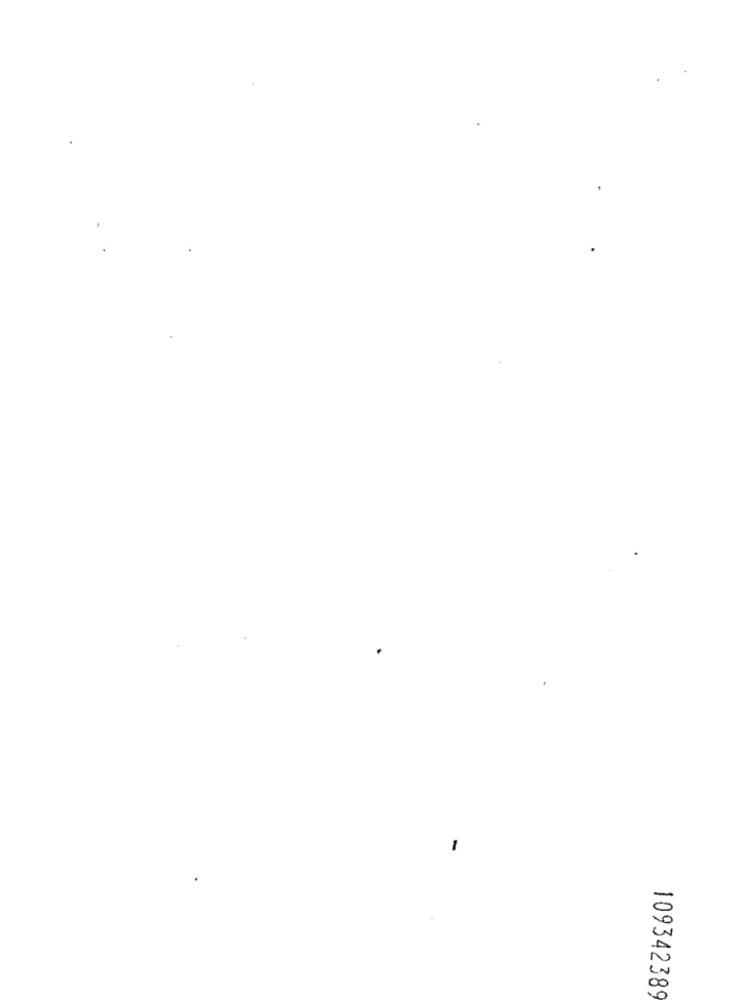
-
10934238